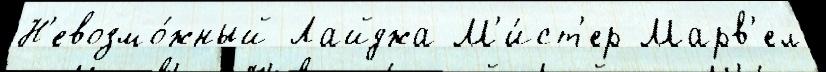
Н'евозмо́жный Лайджа М'и́ст'ер Марв'ел